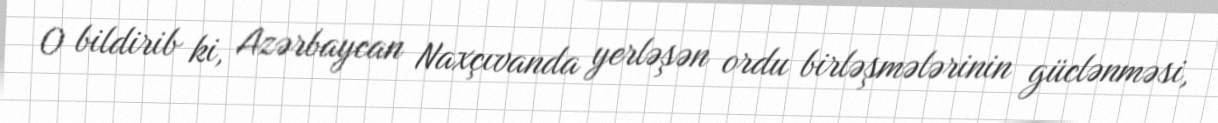
O bildirib ki, Azərbaycan Naxçıvanda yerləşən ordu birləşmələrinin güclənməsi,